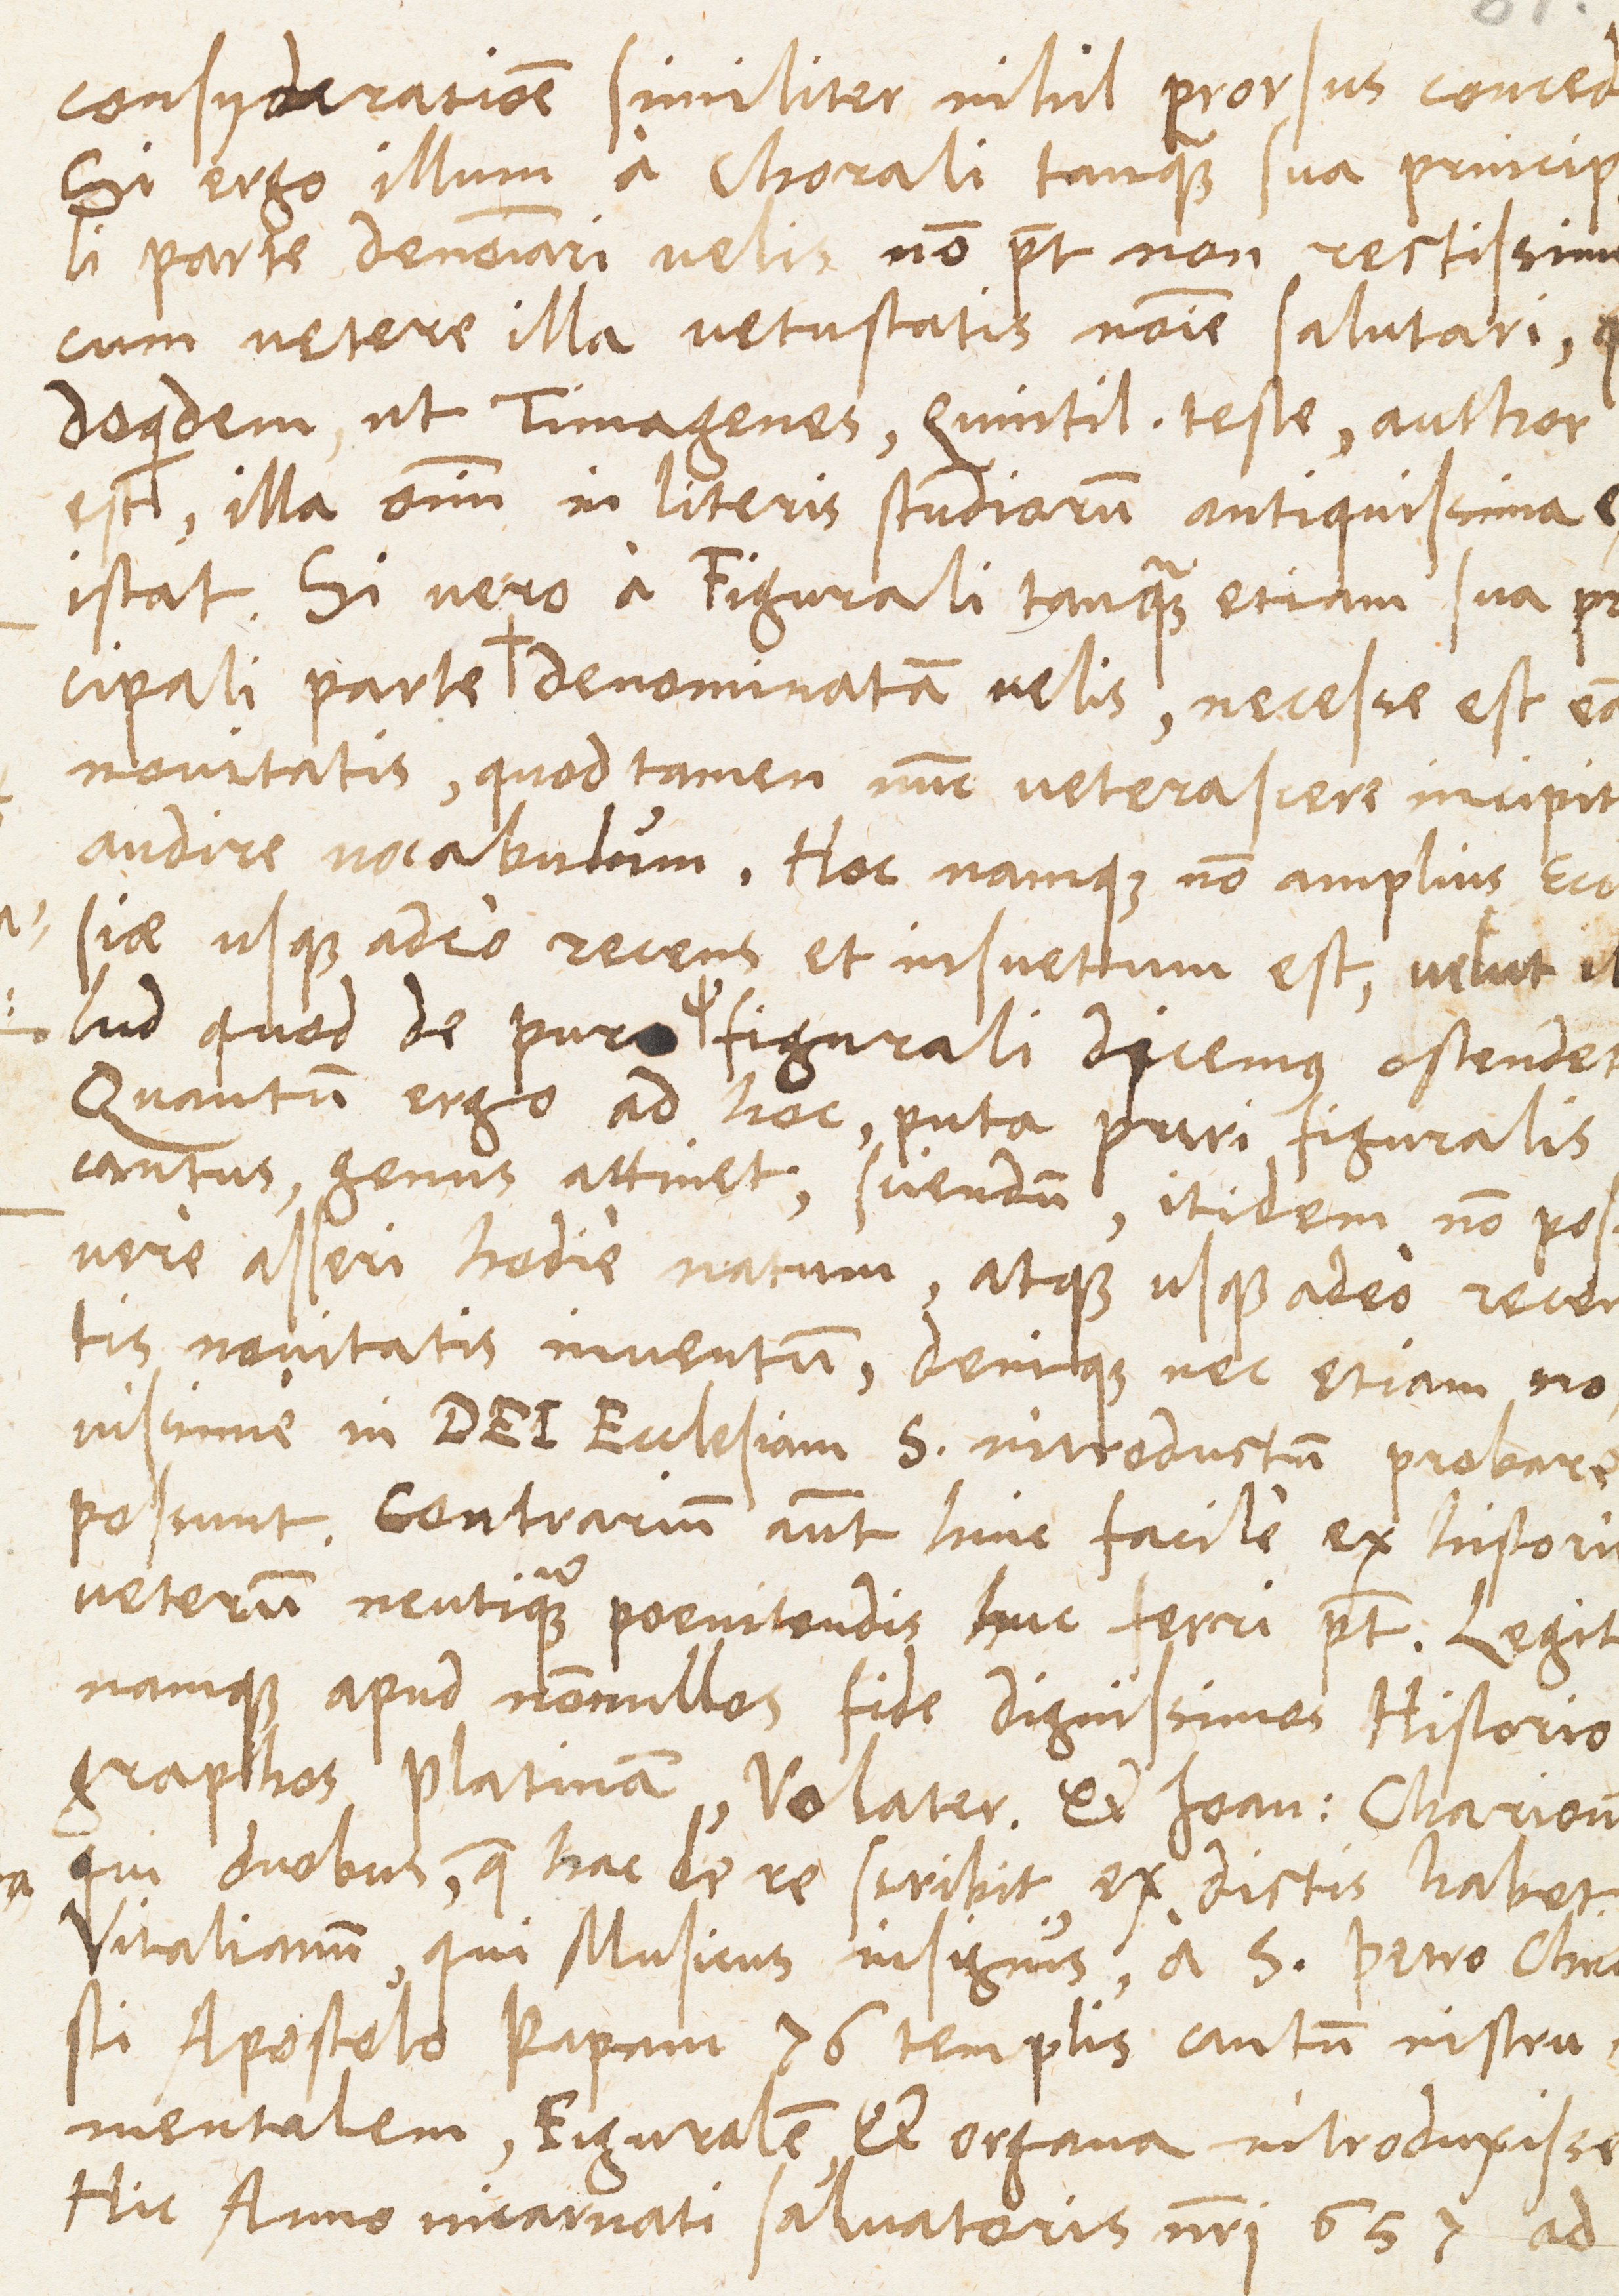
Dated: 1400–1499